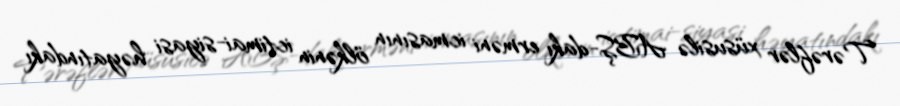
Tərəflər xüsusilə ABŞ-dakı erməni icmasının ölkənin ictimai-siyasi həyatındakı